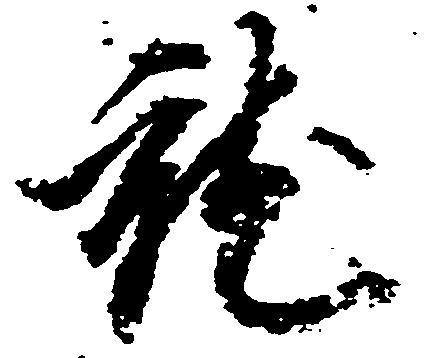
就